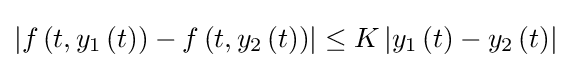
\left\vert f\left(t,y_{1}\left(t\right)\right)-f\left(t,y_{2}\left(t\right)\right)\right\vert \leq K\left\vert y_{1}\left(t\right)-y_{2}\left(t\right)\right\vert